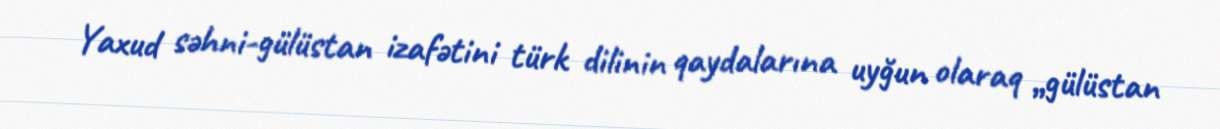
Yaxud səhni-gülüstan izafətini türk dilinin qaydalarına uyğun olaraq „gülüstan